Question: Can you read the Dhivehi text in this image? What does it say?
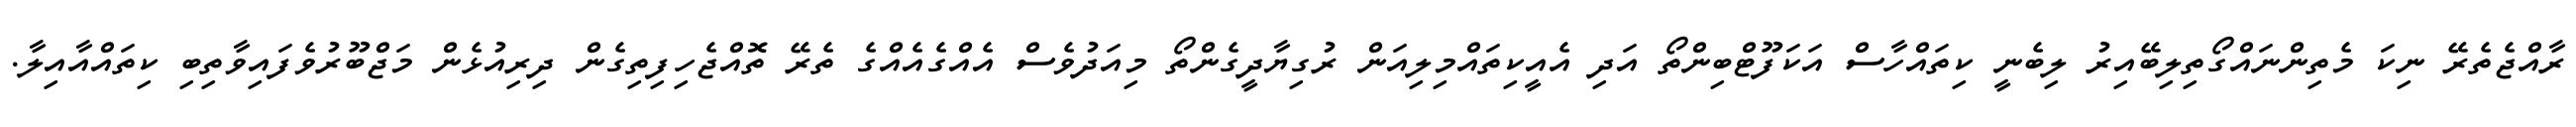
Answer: ރާއްޖެތެރޭ ނިކަ މެތިންނައްގޯތިލިބޭއިރު ލިބެނީ ކިތައްހާސް އަކަފޫޓްބިންތޯ އަދި އެއީކިތައްމިލިއަން ރުގިޔާދީގެންތޯ މިއަދުވެސް އެއްގެއެއްގެ ތެރޭ ތޮއްޖެހިފިތިގެން ދިރިއުޅެން މަޖްބޫރުވެފައިވާތިބި ކިތައްއާއިލާ.